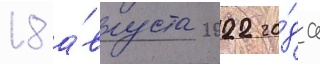
18 а́вгуста 2022 го́да